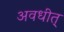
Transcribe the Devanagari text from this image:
अवधीत्‌